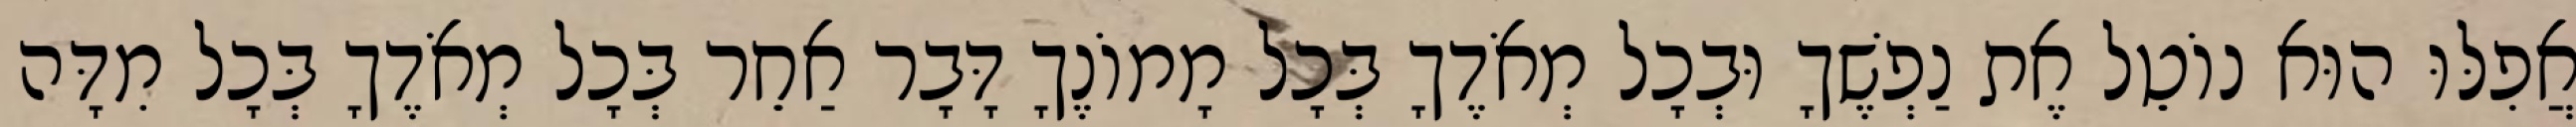
אֲפִלּוּ הוּא נוֹטֵל אֶת נַפְשֶׁךָ וּבְכָל מְאֹדֶךָ בְּכָל מָמוֹנֶךָ דָּבָר אַחֵר בְּכָל מְאֹדֶךָ בְּכָל מִדָּה